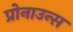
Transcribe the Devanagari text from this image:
प्रोनाउन्स